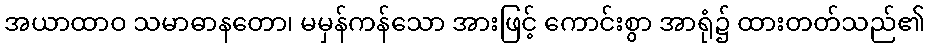
အယာထာဝ သမာဓာနတော၊ မမှန်ကန်သော အားဖြင့် ကောင်းစွာ အာရုံ၌ ထားတတ်သည်၏